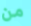
من